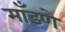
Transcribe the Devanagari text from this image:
माँडणे